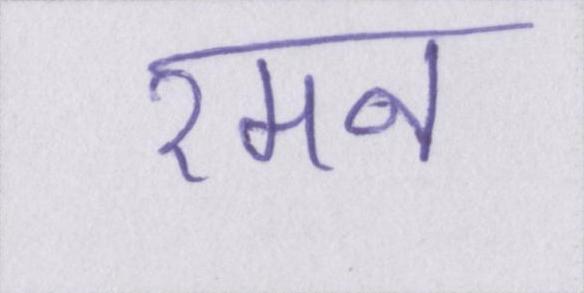
रमन